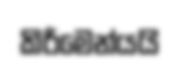
කිරීමෙන්යයි